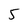
Character: 5